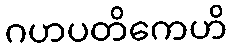
ဂဟပတိကေဟိ